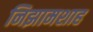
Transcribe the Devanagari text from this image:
निझामशाह